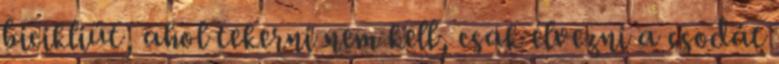
bicikliút, ahol tekerni nem kell, csak élvezni a csodát